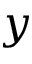
y